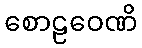
စောဠဝေဏိ